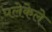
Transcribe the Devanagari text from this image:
पलेकेले